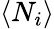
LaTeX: \langle N_{i}\rangle